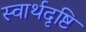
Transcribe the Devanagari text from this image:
स्वार्थदृष्टि